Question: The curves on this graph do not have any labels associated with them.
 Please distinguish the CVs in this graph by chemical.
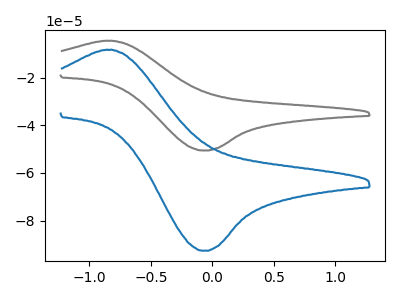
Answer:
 <answer>The gray curve does not have a label. The blue curve does not have a label.</answer>
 <eval></eval>